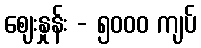
ဈေးနှုန်း - ၅၀၀၀ ကျပ်